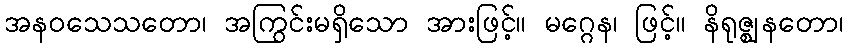
အနဝသေသတော၊ အကြွင်းမရှိသော အားဖြင့်။ မဂ္ဂေန၊ ဖြင့်။ နိရုဇ္ဈနတော၊